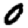
Digit: 0